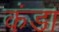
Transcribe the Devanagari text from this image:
कंडा